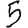
Digit: 5